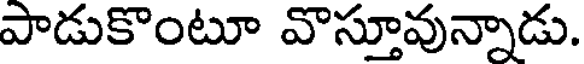
పాడుకొంటూ వొస్తూవున్నాడు.